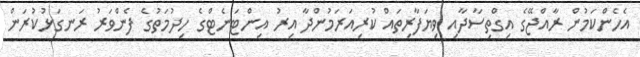
އެހެންކަމުން ރާއްޖޭގެ އިގްތިސާދާއި ވިޔަފާރިތައް ކުރިއަރަމުންދާ އިރު އިންޓަނެޓްގެ ހިދުމަތުުގެ ފެންވަރު ރަނގަޅުކުރަން